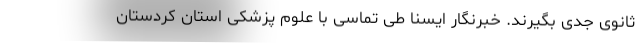
ثانوی جدی بگیرند. خبرنگار ایسنا طی تماسی با علوم پزشکی استان کردستان